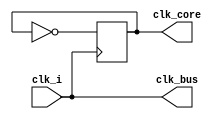
module clk_generator(
    input       clk_i,      // input clock
    output  reg clk_core,   // core clock
    output      clk_bus     // bus clock
    );

    //--------------------------------------------------------------------------
    // assignments
    //--------------------------------------------------------------------------
    assign clk_bus = clk_i;

    //--------------------------------------------------------------------------
    // Initialization
    //--------------------------------------------------------------------------
    initial begin
        clk_core <= 1'b0;
    end

    //--------------------------------------------------------------------------
    // divide the clock
    //--------------------------------------------------------------------------
    always @(posedge clk_i ) begin
        clk_core <= !clk_core;
    end
endmodule